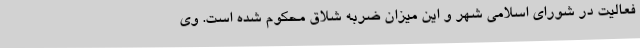
فعالیت در شورای اسلامی شهر و این میزان ضربه شلاق محکوم شده است. وی